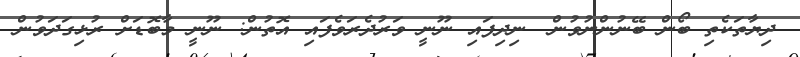
ދިޔާތަކެތި ބޯން ބޭނުންނުވުން 	ނިދިފައި ނޫނީ ވަރުދެރަވެފައި އޮތުން: ނޫނީ މާބޮޑަށް ރުޅިގަދަވުން